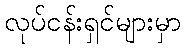
လုပ်ငန်းရှင်များမှာ